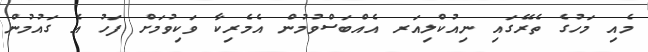
މެއި މަހުގެ ތެރޭގައި ނިއުކްލިއަރ އެއްބަސްވުމުން އެމެރިކާ ވަކިވުމަށް ފަހު އެ ގައުމުން